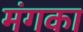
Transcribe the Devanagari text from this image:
मंगका